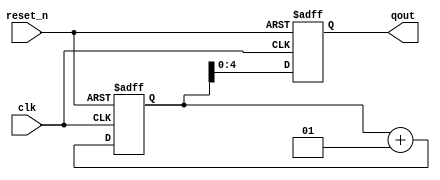
/*****Parameterized N bits binary_counter*****/
module binary_counter(clk,reset_n,qout);
parameter N=5;
input clk,reset_n;
output reg[N-1:0]qout=0;
integer i=0;
always @(posedge clk or negedge reset_n)
	if(!reset_n)begin
		qout={N{1'bz}};
		i=0;end
	else begin
		qout=i;
		i=i+1;end
endmodule